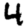
Digit: 4